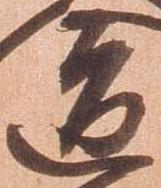
道